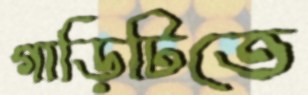
গাড়িটিতে